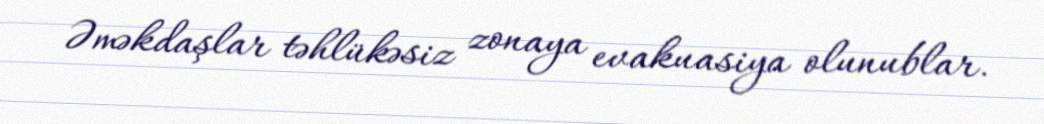
Əməkdaşlar təhlükəsiz zonaya evakuasiya olunublar.